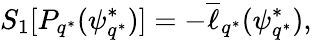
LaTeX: S_{1}[P_{q^{*}}(\psi_{q^{*}}^{*})]=-\overline{{\ell}}_{q^{*}}(\psi_{q^{*}}^{*}),